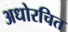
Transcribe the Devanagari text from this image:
अधोरचित